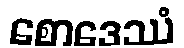
စောဒေဿံ